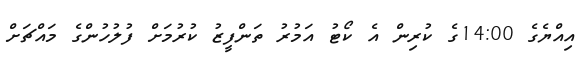
އިއްޔެގެ 14:00ގެ ކުރިން އެ ކޯޓު އަމުރު ތަންފީޒު ކުރުމަށް ފުލުހުންގެ މައްޗަށް